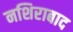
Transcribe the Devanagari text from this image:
नशिराबाद